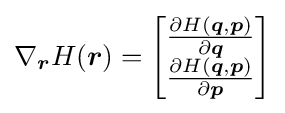
\nabla _{\boldsymbol {r}}H({\boldsymbol {r}})={\begin{bmatrix}{\frac {\partial H({\boldsymbol {q}},{\boldsymbol {p}})}{\partial {\boldsymbol {q}}}}\\{\frac {\partial H({\boldsymbol {q}},{\boldsymbol {p}})}{\partial {\boldsymbol {p}}}}\\\end{bmatrix}}